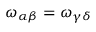
\omega _ { \alpha \beta } = \omega _ { \gamma \delta }